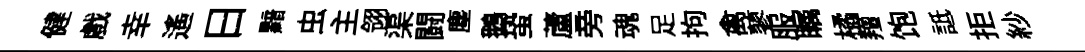
健戲幸遥日黯虫主翎渠闘塵鵝蛩蘆旁魂足拘禽蓼服瞩橘羶饱詆拒紗